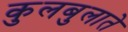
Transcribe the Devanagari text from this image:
कुलबुलाते